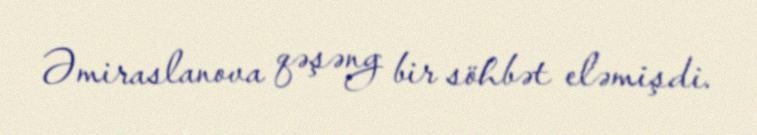
Əmiraslanova qəşəng bir söhbət eləmişdi.